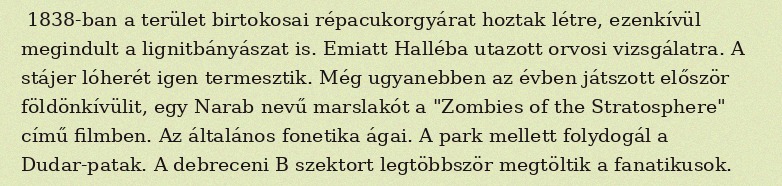
1838-ban a terület birtokosai répacukorgyárat hoztak létre, ezenkívül megindult a lignitbányászat is. Emiatt Halléba utazott orvosi vizsgálatra. A stájer lóherét igen termesztik. Még ugyanebben az évben játszott először földönkívülit, egy Narab nevű marslakót a "Zombies of the Stratosphere" című filmben. Az általános fonetika ágai. A park mellett folydogál a Dudar-patak. A debreceni B szektort legtöbbször megtöltik a fanatikusok.